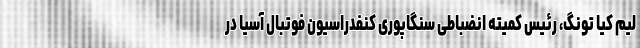
لیم کیا تونگ، رئیس کمیته انضباطی سنگاپوری کنفدراسیون فوتبال آسیا در